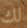
لك